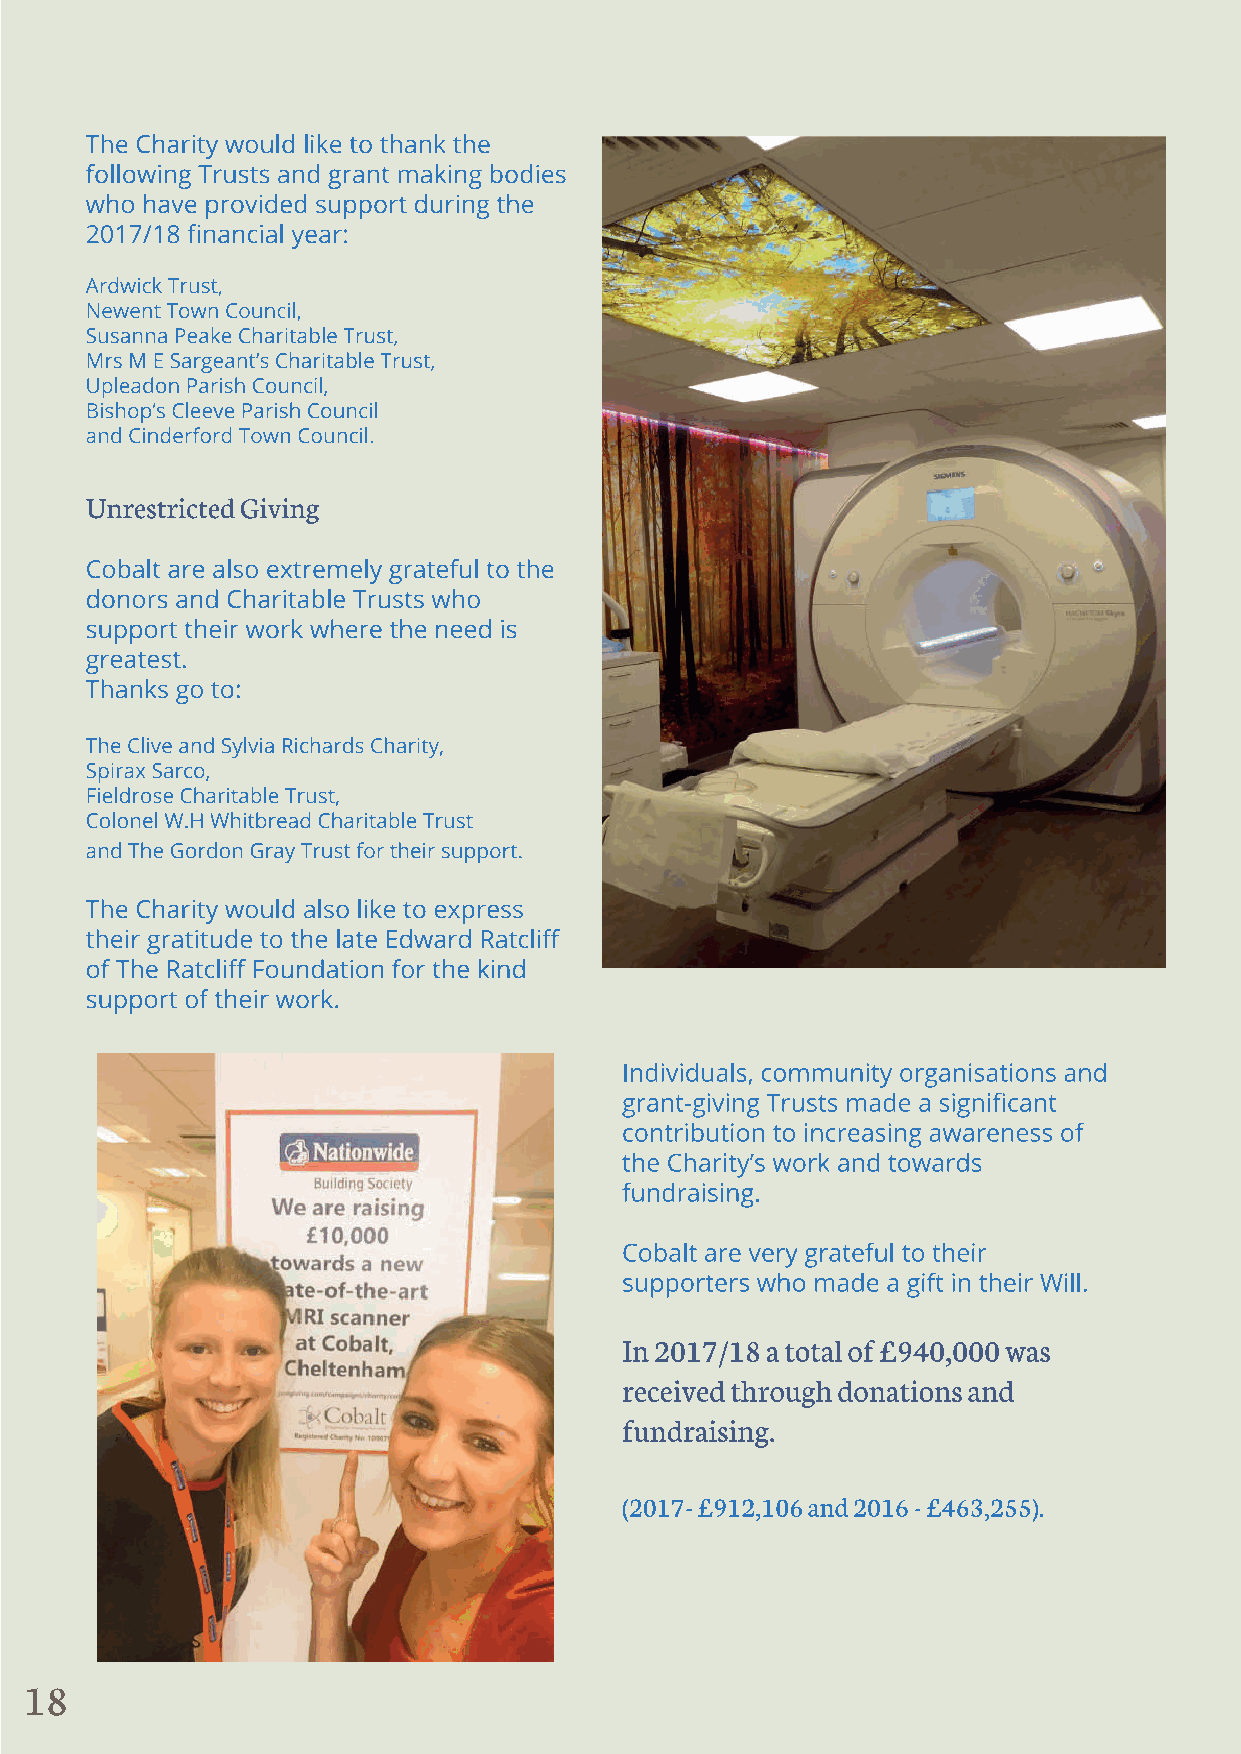
18